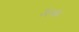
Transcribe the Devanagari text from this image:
२६०७२